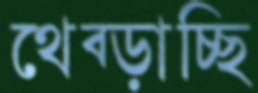
থেব্‌ড়াচ্ছি